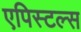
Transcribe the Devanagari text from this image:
एपिस्टल्स